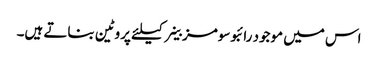
اس میں موجود رائبوسومز خلیے کیلئے پروٹین بناتے ہیں۔